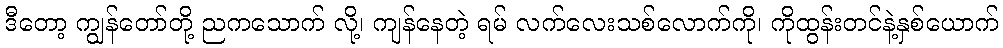
ဒီတော့ ကျွန်တော်တို့ ညကသောက် လို့၊ ကျန်နေတဲ့ ရမ် လက်လေးသစ်လောက်ကို၊ ကိုထွန်းတင်နဲ့နှစ်ယောက်